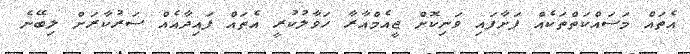
އެތައް މަސައްކަތްތަކެއް ފަށާފައި ވަނިކޮށް ޖީއެމްއާރާ ހަވާލުކުރީ އެތައް ފައިދާއެއް ސަރުކާރަށް ލިބޭނެ